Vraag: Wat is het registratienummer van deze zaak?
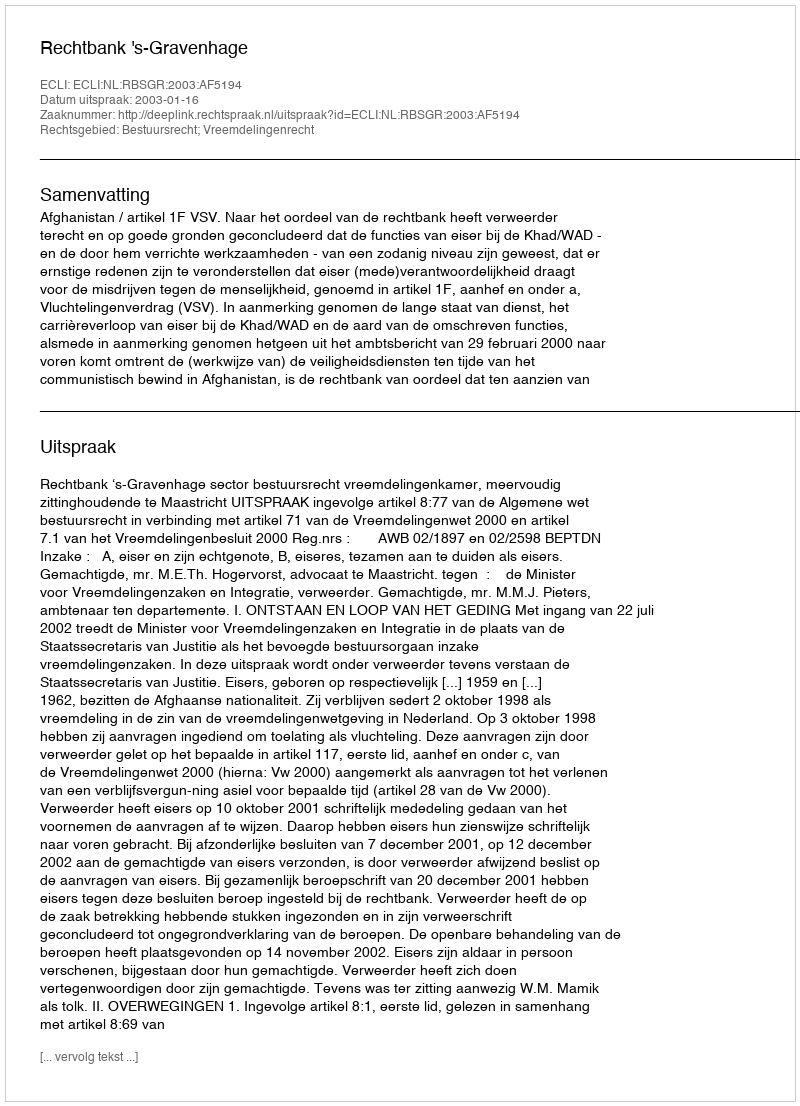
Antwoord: http://deeplink.rechtspraak.nl/uitspraak?id=ECLI:NL:RBSGR:2003:AF5194